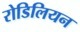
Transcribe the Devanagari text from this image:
रोडिलियन